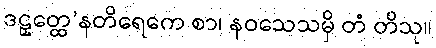
ဒဠှတ္ထေ’နတိရေကေ စာ၊ နဝသေသမှိ တံ တိသု။